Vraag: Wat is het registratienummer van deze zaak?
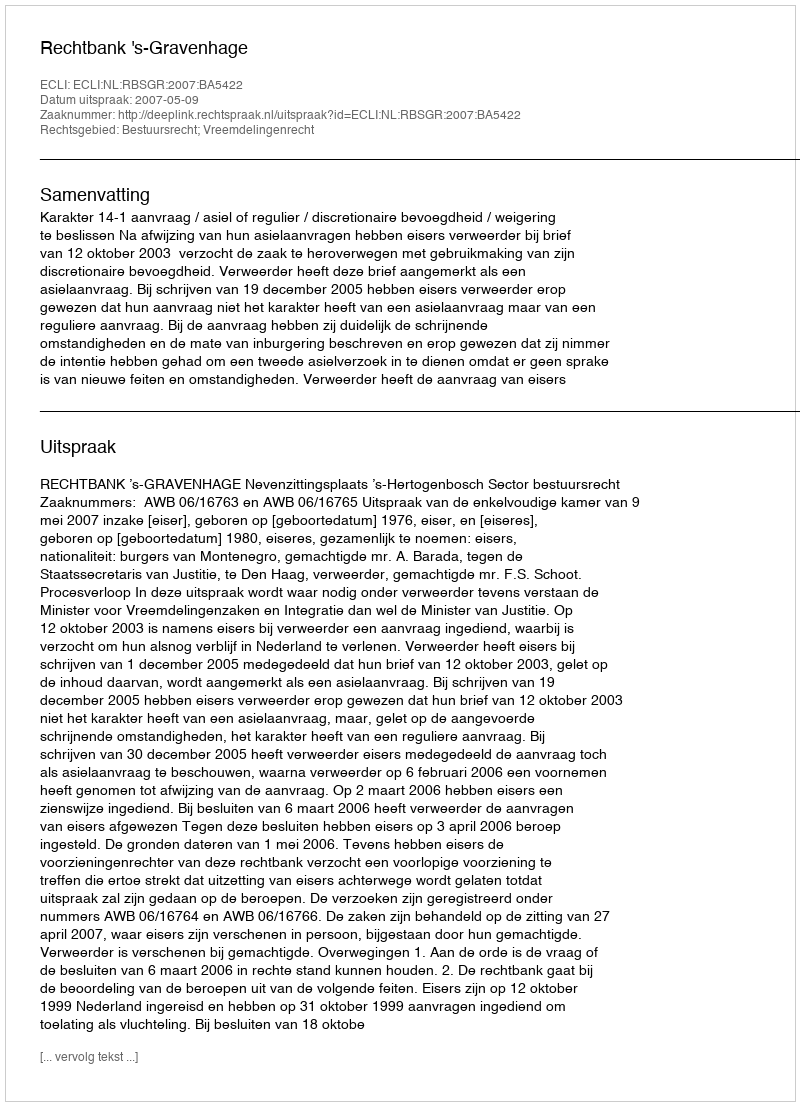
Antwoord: http://deeplink.rechtspraak.nl/uitspraak?id=ECLI:NL:RBSGR:2007:BA5422